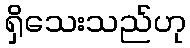
ရှိသေးသည်ဟု